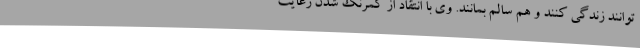
توانند زندگی کنند و هم سالم بمانند. وی با انتقاد از کمرنگ شدن رعایت